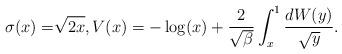
LaTeX: \begin{align*}\sigma(x) =&\sqrt{2x} , V(x)= - \log(x)+\frac{2}{\sqrt{\beta}} \int_{x}^1 \frac{dW(y)}{\sqrt{y}} .\end{align*}